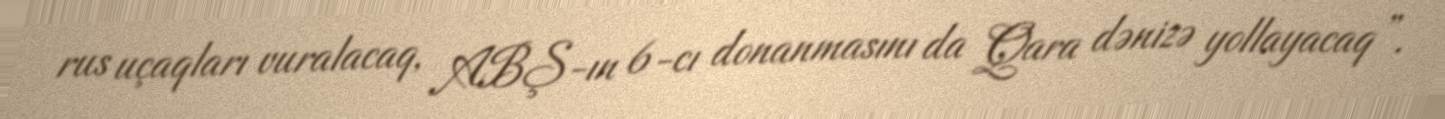
rus uçaqları vuralacaq, ABŞ-ın 6-cı donanmasını da Qara dənizə yollayacaq”.